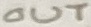
Text: OUT